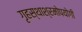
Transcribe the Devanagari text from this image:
गृहस्थाश्रमोपयोगी